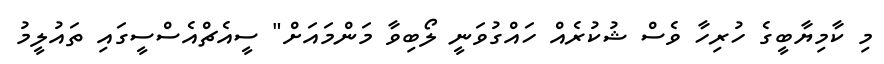
މި ކާމިޔާބީގެ ހުރިހާ ވެސް ޝުކުރެއް ހައްގުވަނީ ލޯބިވާ މަންމައަށް" ސީއެޗްއެސްސީގައި ތައުލީމު